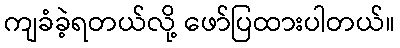
ကျခံခဲ့ရတယ်လို့ ဖော်ပြထားပါတယ်။